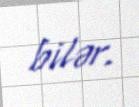
bilər.